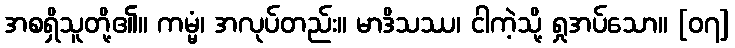
အစရှိသူတို့၏။ ကမ္မံ၊ အလုပ်တည်း။ မာဒိသဿ၊ ငါကဲ့သို့ ရှုအပ်သော။ [၀၇]